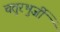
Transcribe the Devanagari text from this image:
चतुरभुर्जी